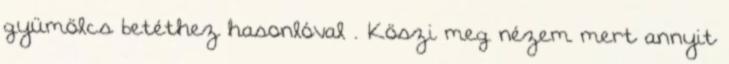
gyümölcs betéthez hasonlóval . Köszi meg nézem mert annyit